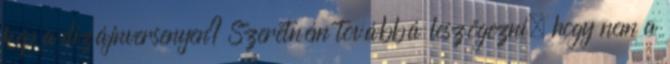
kép a dizájnversenyen? Szeretném továbbá leszögezni, hogy nem a